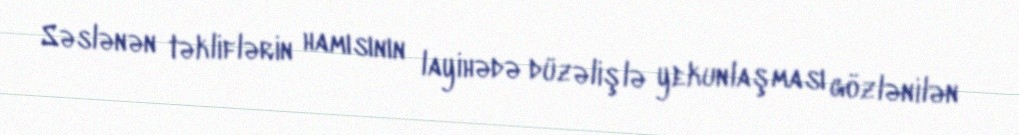
Səslənən təkliflərin hamısının layihədə düzəlişlə yekunlaşması gözlənilən